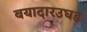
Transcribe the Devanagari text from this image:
बयादारउघड